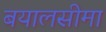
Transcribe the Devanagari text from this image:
बयालसीमा